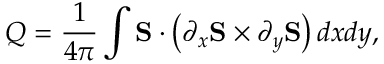
Q = \frac { 1 } { 4 \pi } \int \mathbf { S } \cdot \left( \partial _ { x } \mathbf { S } \times \partial _ { y } \mathbf { S } \right) d x d y ,